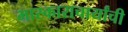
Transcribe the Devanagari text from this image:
भास्काराचार्यांची